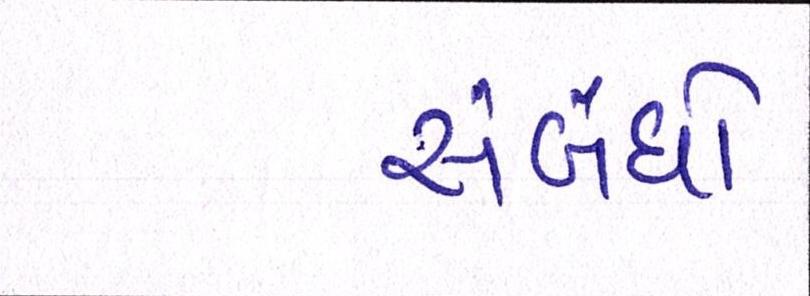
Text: સંબંધો